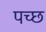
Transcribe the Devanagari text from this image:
पच्‍छ